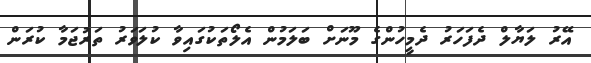
އޭރު ލަޔާލް ދެފަހަރު ދެމީހުންގެ މޫނަށް ބަލަމުން އެލޯތަކުގައިވާ ކުލަވަރު ތަރުޖަމާ ކުރަން